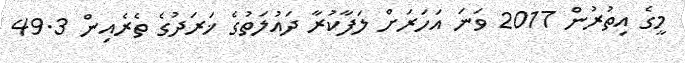
މީގެ އިތުރުން 2017 ވަނަ އަހަރަށް ލަފާކުރާ ދައުލަތުގެ ޚަރަދުގެ ތެރެއިން 49.3